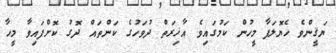
ޔަޤީންވެ ހެޔޮލަފާ މީހުން ކަމުގައިވެ އާޚިރަތް ދުވަހުގެ ކަންތައް ދޮގު ކޮށްފައިވާ މީހާ